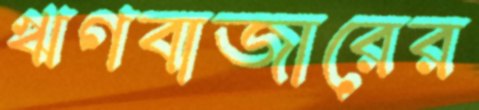
ঋণবাজারের